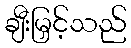
ချီးမြှင့်သည်